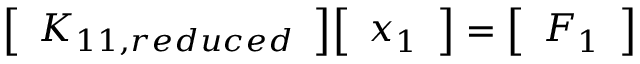
{ \left[ \begin{array} { l } { K _ { 1 1 , r e d u c e d } } \end{array} \right] } { \left[ \begin{array} { l } { x _ { 1 } } \end{array} \right] } = { \left[ \begin{array} { l } { F _ { 1 } } \end{array} \right] }